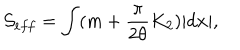
LaTeX: { \cal S } _ { e f f } = \int ( m + { \frac { \pi } { 2 \theta } } K _ { 2 } ) | d { \bf x } | ,